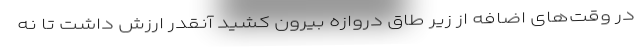
در وقت‌های اضافه از زیر طاق دروازه بیرون کشید آنقدر ارزش داشت تا نه